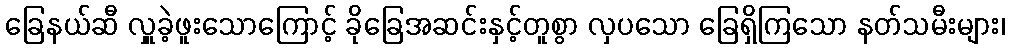
ခြေနယ်ဆီ လှူခဲ့ဖူးသောကြောင့် ခိုခြေအဆင်းနှင့်တူစွာ လှပသော ခြေရှိကြသော နတ်သမီးများ၊